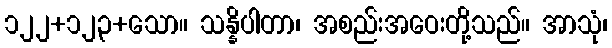
၁၂၂+၁၂၃+သော။ သန္နိပါတာ၊ အစည်းအဝေးတို့သည်။ အာသုံ၊